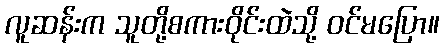
လူဆန်းက သူတို့စကားဝိုင်းထဲသို့ ဝင်မပြော။